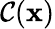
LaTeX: \mathcal{C}(\mathbf{{x}})